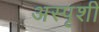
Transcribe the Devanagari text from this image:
अस्पृशी